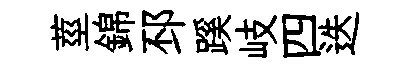
莖錦邳蹊岐四迭